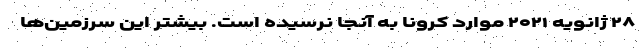
۲۸ ژانویه ۲۰۲۱ موارد کرونا به آنجا نرسیده است. بیشتر این سرزمین‌ها